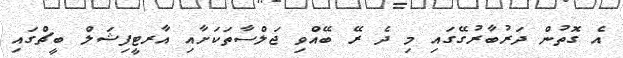
އެ ގޮތުން ދަރުބާރުގޭގައި މި ދެ ރޭ ބޭއްވި ޖަލްސާތަކަށާއި އާރޓީފިޝަލް ބީޗްގައި